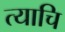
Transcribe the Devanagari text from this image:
त्याचि